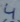
Text: 4